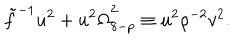
LaTeX: \tilde { f } ^ { - 1 } \dot { u } ^ { 2 } + u ^ { 2 } \dot { \Omega } _ { 8 - p } ^ { 2 } \equiv u ^ { 2 } { \rho } ^ { - 2 } v ^ { 2 } .